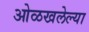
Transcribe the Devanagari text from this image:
ओळखलेल्या